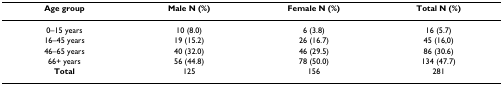
| Age group | Male N (%) | Female N (%) | Total N (%) |
 | --- | --- | --- | --- |
 | 0–15 years | 10 (8.0) | 6 (3.8) | 16 (5.7) |
 | 16–45 years | 19 (15.2) | 26 (16.7) | 45 (16,0) |
 | 46–65 years | 40 (32.0) | 46 (29.5) | 86 (30.6) |
 | 66+ years | 56 (44.8) | 78 (50.0) | 134 (47.7) |
 | Total | 125 | 156 | 281 |